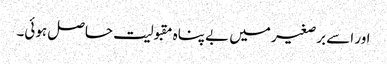
اور اسے برصغیر میں بے پناہ مقبولیت حاصل ہوئی۔